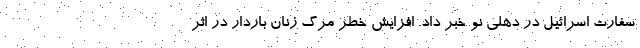
سفارت اسرائیل در دهلی نو خبر داد. افزایش خطر مرگ زنان باردار در اثر